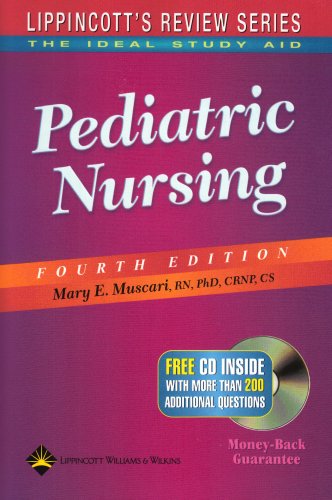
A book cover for Lippincott's Review Series: Pediatric Nursing; Mary E. Muscari RN  PhD  CRNP  CS; Medical Books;